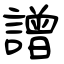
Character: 譄